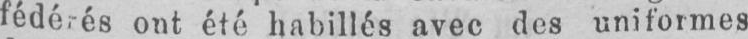
ont été habillés avec des uniformes